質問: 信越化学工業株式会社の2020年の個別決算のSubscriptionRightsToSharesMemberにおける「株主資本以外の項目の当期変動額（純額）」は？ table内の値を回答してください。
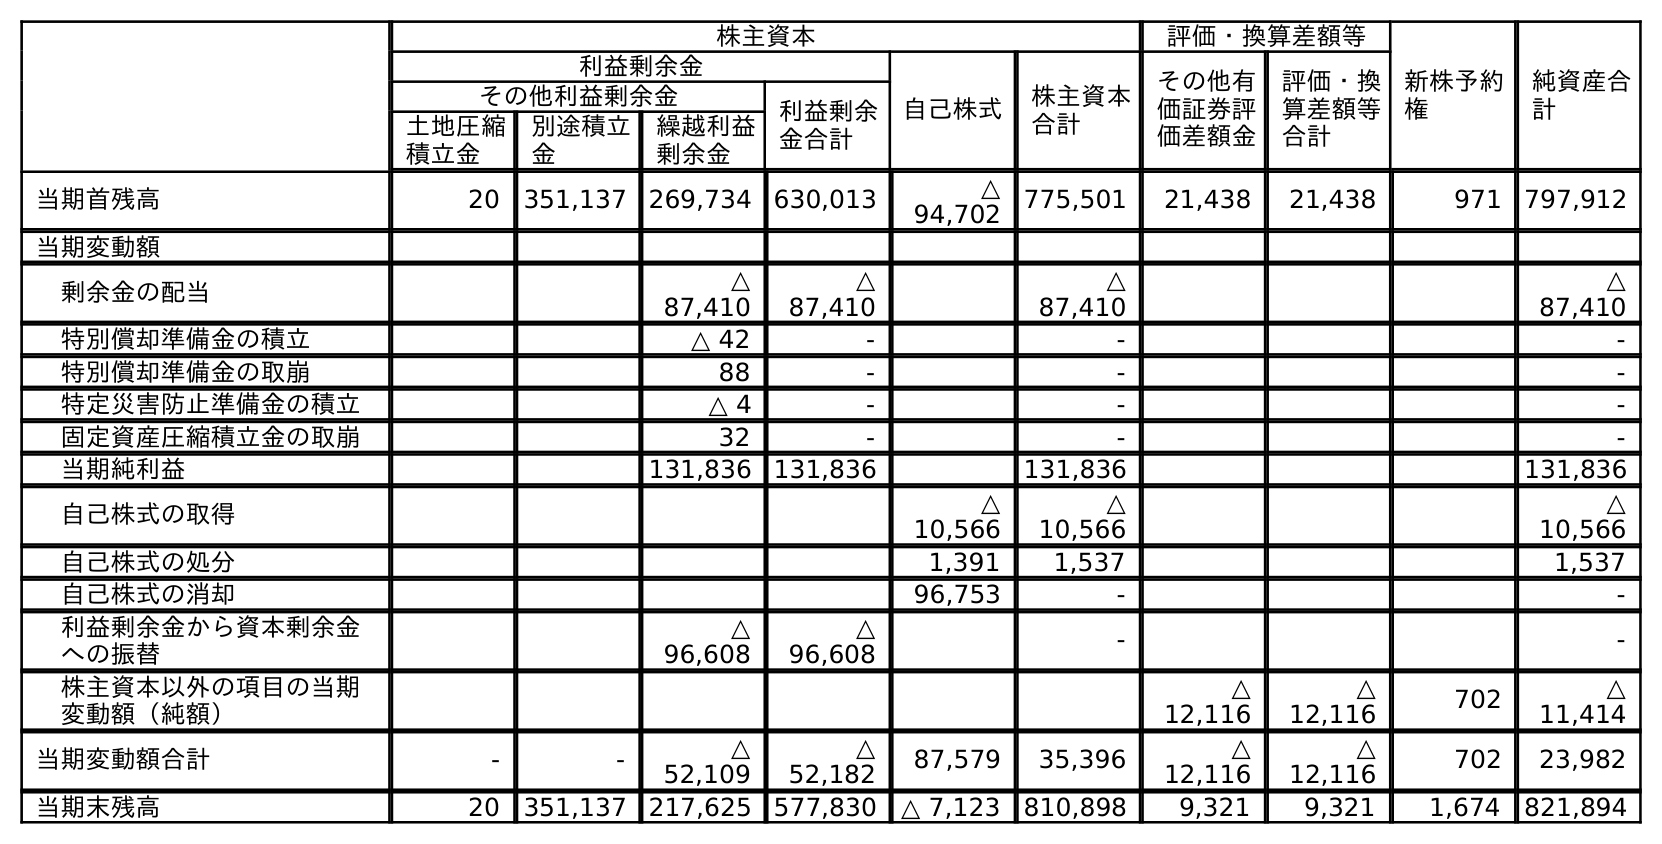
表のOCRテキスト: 株主資本 評価・換算差額等 新株予約 権 純資産合 計 利益剰余金 自己株式 株主資本 合計 その他有 価証券評 価差額金 評価・換 算差額等 合計 その他利益剰余金 利益剰余 金合計 土地圧縮 積立金 別途積立 金 繰越利益 剰余金 当期首残高 20 351,137 269,734 630,013 △ 94,702 775,501 21,438 21,438 971 797,912 当期変動額 剰余金の配当 △ 87,410 △ 87,410 △ 87,410 △ 87,410 特別償却準備金の積立 △ 42 - - - 特別償却準備金の取崩 88 - - - 特定災害防止準備金の積立 △ 4 - - - 固定資産圧縮積立金の取崩 32 - - - 当期純利益 131,836 131,836 131,836 131,836 自己株式の取得 △ 10,566 △ 10,566 △ 10,566 自己株式の処分 1,391 1,537 1,537 自己株式の消却 96,753 - - 利益剰余金から資本剰余金 への振替 △ 96,608 △ 96,608 - - 株主資本以外の項目の当期 変動額（純額） △ 12,116 △ 12,116 702 △ 11,414 当期変動額合計 - - △ 52,109 △ 52,182 87,579 35,396 △ 12,116 △ 12,116 702 23,982 当期末残高 20 351,137 217,625 577,830 △ 7,123 810,898 9,321 9,321 1,674 821,894
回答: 702